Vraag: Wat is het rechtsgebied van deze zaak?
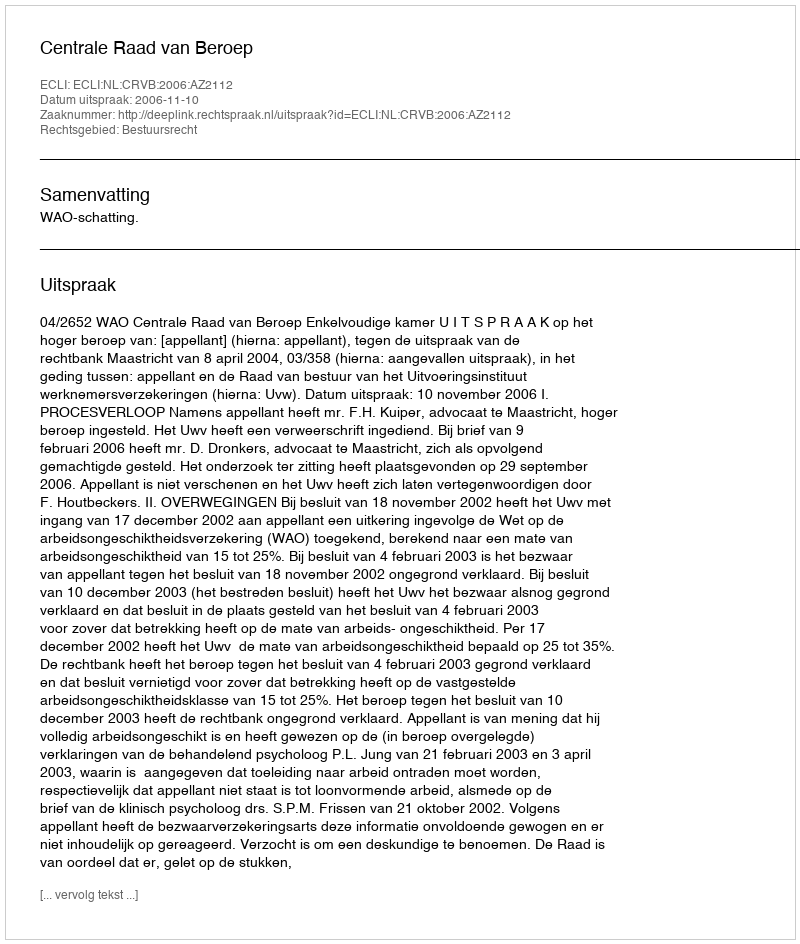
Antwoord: Bestuursrecht